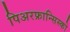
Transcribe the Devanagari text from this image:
पिअरफ्रान्सिस्को